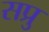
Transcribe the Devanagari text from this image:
सप्रु